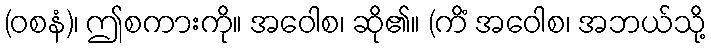
(ဝစနံ)၊ ဤစကားကို။ အဝေါစ၊ ဆို၏။ (ကိံ အဝေါစ၊ အဘယ်သို့